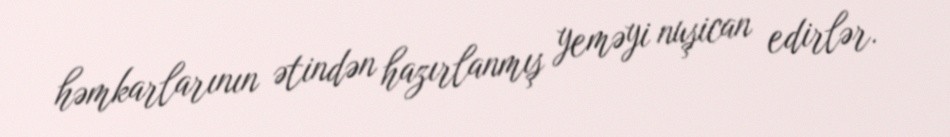
həmkarlarının ətindən hazırlanmış yeməyi nuşican edirlər.